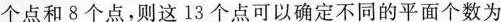
个点和8个点，则这13个点可以确定不同的平面个数为